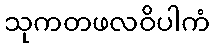
သုကတဖလဝိပါကံ